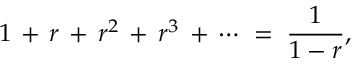
1 \, + \, r \, + \, r ^ { 2 } \, + \, r ^ { 3 } \, + \, \cdots \; = \; { \frac { 1 } { 1 - r } } ,